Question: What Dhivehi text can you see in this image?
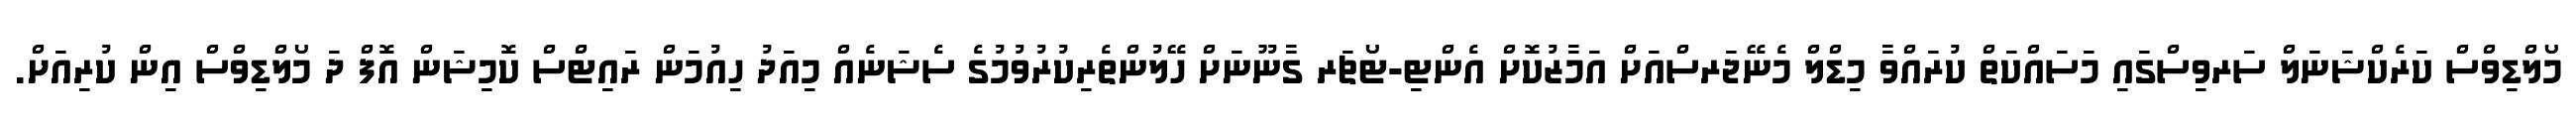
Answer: މޯލްޑިވްސް ކަރެކްޝަނަލް ސަރވިސްގައި މަސައްކަތް ކުރައްވާ މިޑްލް މެނޭޖަރސްއަށް އަމާޒުކޮށް އެންޓި-ޓޯޗަރ ގާނޫނަށް ހޭލުންތެރިކުރުވުމުގެ ސެޝަނެއް މިއަދު ހިއުމަން ރައިޓްސް ކޮމިޝަން އޮފް ދަ މޯލްޑިވްސް އިން ކުރިއަށް.